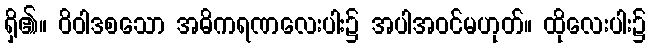
ရှိ၏။ ဝိဝါဒစသော အဓိကရဏလေးပါး၌ အပါအဝင်မဟုတ်။ ထိုလေးပါး၌